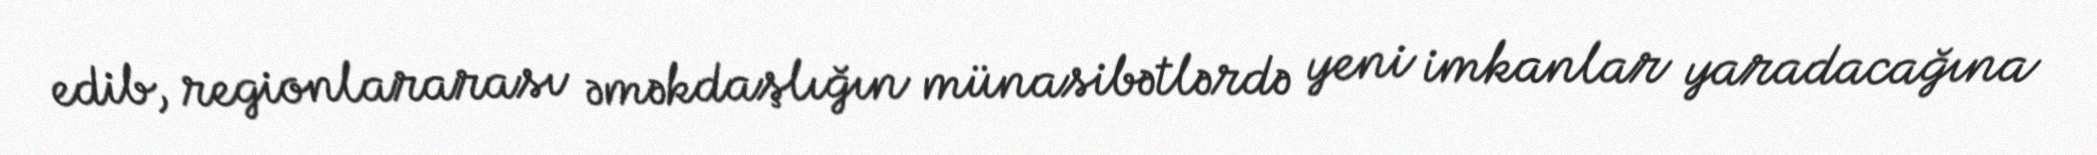
edib, regionlararası əməkdaşlığın münasibətlərdə yeni imkanlar yaradacağına